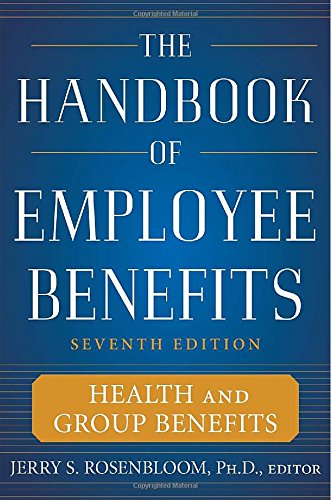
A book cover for The Handbook of Employee Benefits: Health and Group Benefits 7/E; Jerry Rosenbloom; Business & Money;